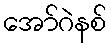
အော်ဂဲနစ်